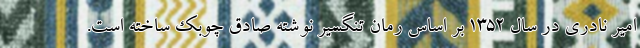
امیر نادری در سال 1352 بر اساس رمان تنگسیر نوشته صادق چوبک ساخته است.